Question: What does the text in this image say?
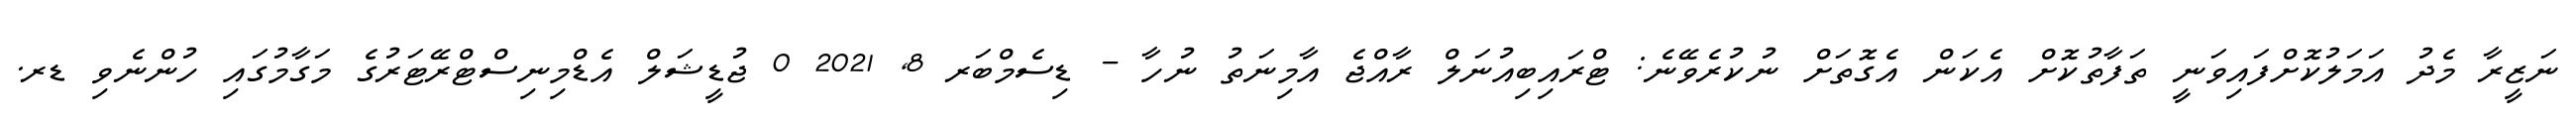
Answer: ނަޒީރާ މެދު އަމަލުކޮށްފައިވަނީ ތަފާތުކޮށް އެކަން އެގޮތަށް ނުކުރެވޭނެ: ޓްރައިބިއުނަލް ރާއްޖެ އާމިނަތު ނުހާ - ޑިސެމްބަރ 8, 2021 0 ޖުޑީޝަލް އެޑްމިނިސްޓްރޭޓަރުގެ މަގާމުގައި ހުންނެވި ޑރ.